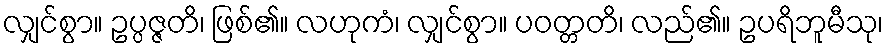
လျှင်စွာ။ ဥပ္ပဇ္ဇတိ၊ ဖြစ်၏။ လဟုကံ၊ လျှင်စွာ။ ပဝတ္တတိ၊ လည်၏။ ဥပရိဘူမီသု၊